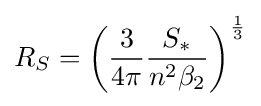
R_{S}=\left({\frac {3}{4\pi }}{\frac {S_{*}}{n^{2}\beta _{2}}}\right)^{\frac {1}{3}}